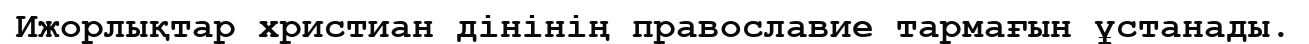
Ижорлықтар христиан дінінің православие тармағын ұстанады.